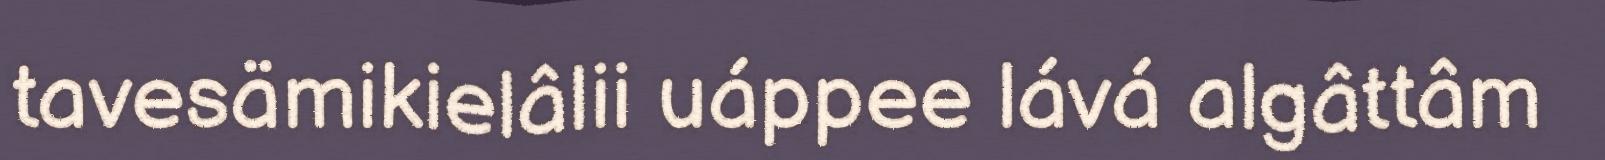
tavesämikielâlii uáppee lává algâttâm